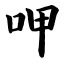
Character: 呷